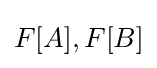
F[A],F[B]